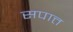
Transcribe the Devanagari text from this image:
सपात्त